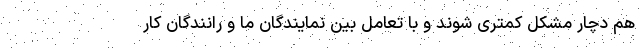
هم دچار مشکل کمتری شوند و با تعامل بین نمایندگان ما و رانندگان کار